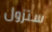
ستزول